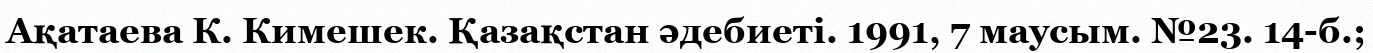
Ақатаева К. Кимешек. Қазақстан әдебиеті. 1991, 7 маусым. №23. 14-б.;